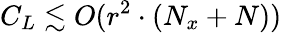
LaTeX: C_{L}\lesssim O(r^{2}\cdot(N_{x}+N))